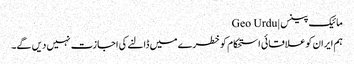
مائیک پینس | Geo Urdu
ہم ایران کو علاقائی استحکام کو خطرے میں ڈالنے کی اجازت نہیں دیں گے۔